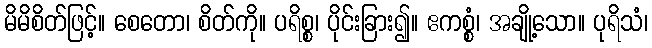
မိမိစိတ်ဖြင့်။ စေတော၊ စိတ်ကို။ ပရိစ္စ၊ ပိုင်းခြား၍။ ဧကစ္စံ၊ အချို့သော။ ပုရိသံ၊